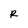
Character: R